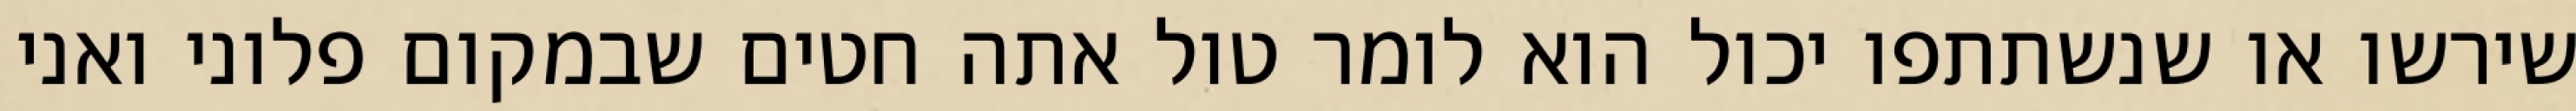
שירשו או שנשתתפו יכול הוא לומר טול אתה חטים שבמקום פלוני ואני